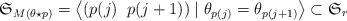
LaTeX: \begin{align*}\mathfrak S_{M(\theta \star p)}=\left\langle(p(j)\;\; p(j+1))\; | \; \theta _{p(j)}=\theta _{p(j+1)}\right\rangle \subset \mathfrak S_r\end{align*}